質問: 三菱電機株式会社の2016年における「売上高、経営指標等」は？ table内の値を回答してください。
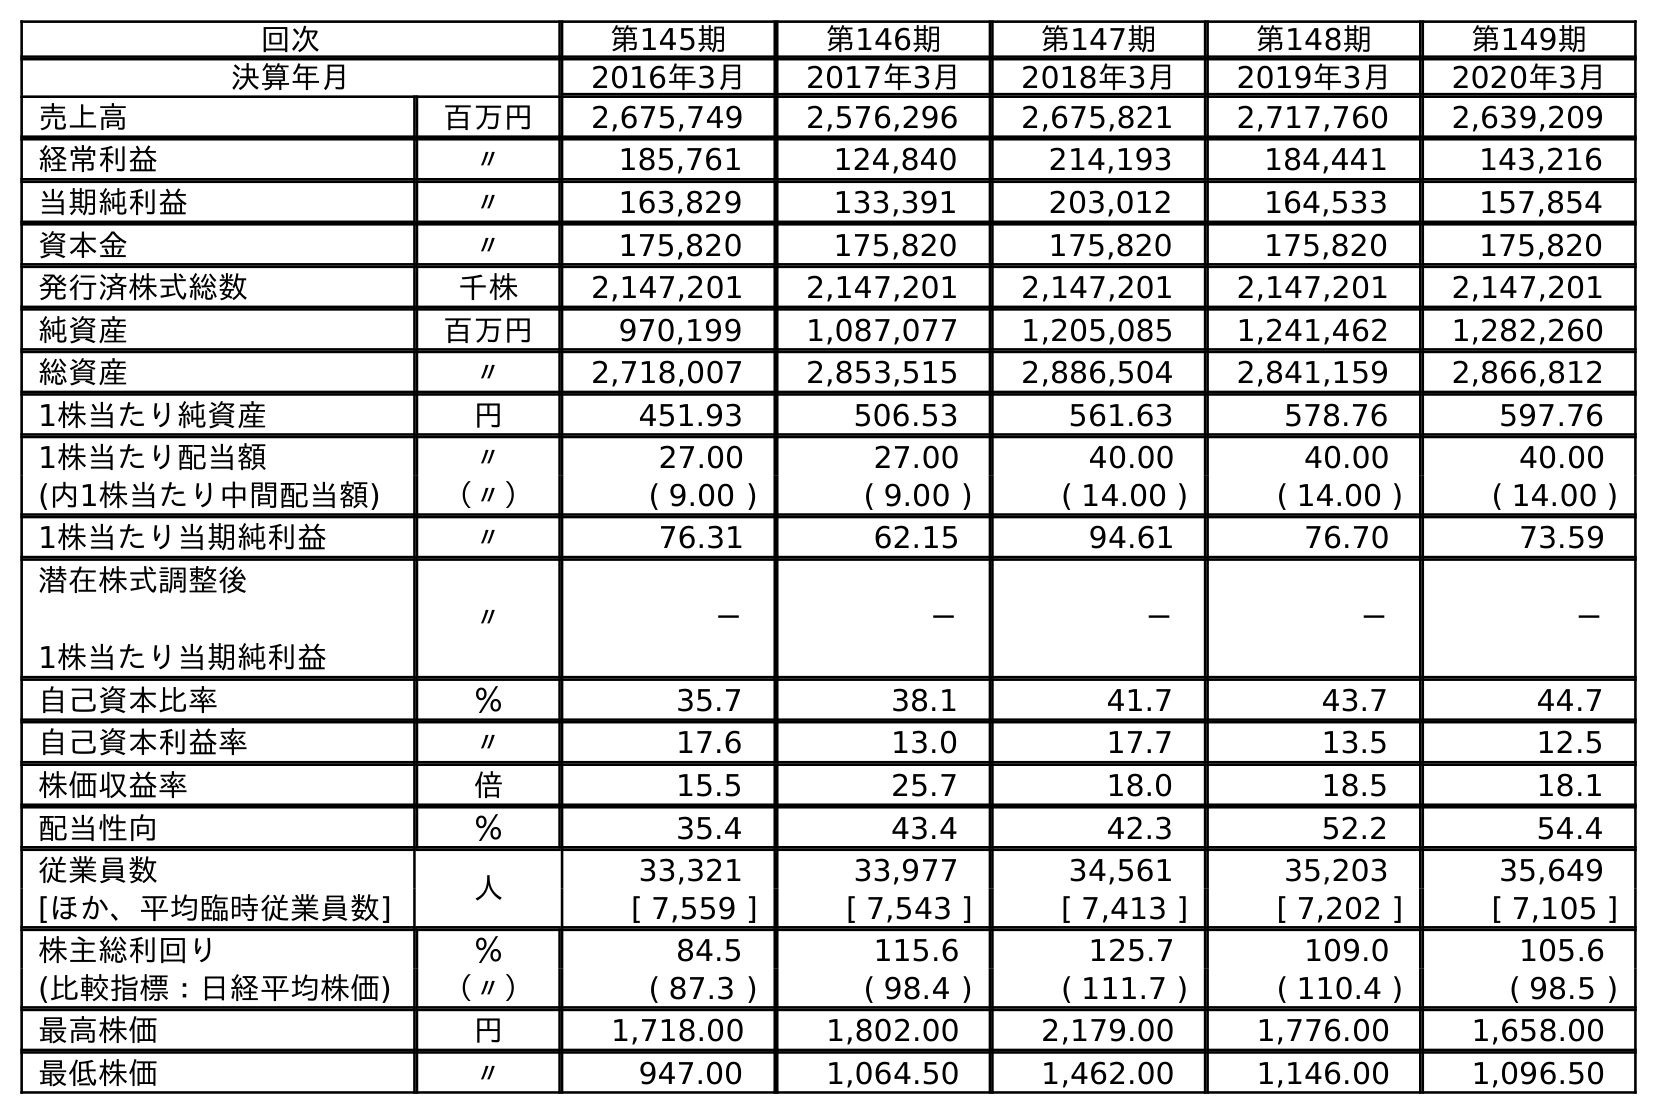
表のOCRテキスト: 回次 第145期 第146期 第147期 第148期 第149期 決算年月 2016年3月 2017年3月 2018年3月 2019年3月 2020年3月 売上高 百万円 2,675,749 2,576,296 2,675,821 2,717,760 2,639,209 経常利益 〃 185,761 124,840 214,193 184,441 143,216 当期純利益 〃 163,829 133,391 203,012 164,533 157,854 資本金 〃 175,820 175,820 175,820 175,820 175,820 発行済株式総数 千株 2,147,201 2,147,201 2,147,201 2,147,201 2,147,201 純資産 百万円 970,199 1,087,077 1,205,085 1,241,462 1,282,260 総資産 〃 2,718,007 2,853,515 2,886,504 2,841,159 2,866,812 1株当たり純資産 円 451.93 506.53 561.63 578.76 597.76 1株当たり配当額 〃 27.00 27.00 40.00 40.00 40.00 (内1株当たり中間配当額) （〃） ( 9.00 ) ( 9.00 ) ( 14.00 ) ( 14.00 ) ( 14.00 ) 1株当たり当期純利益 〃 76.31 62.15 94.61 76.70 73.59 潜在株式調整後 1株当たり当期純利益 〃 － － － － － 自己資本比率 ％ 35.7 38.1 41.7 43.7 44.7 自己資本利益率 〃 17.6 13.0 17.7 13.5 12.5 株価収益率 倍 15.5 25.7 18.0 18.5 18.1 配当性向 ％ 35.4 43.4 42.3 52.2 54.4 従業員数 人 33,321 33,977 34,561 35,203 35,649 [ほか、平均臨時従業員数] [ 7,559 ] [ 7,543 ] [ 7,413 ] [ 7,202 ] [ 7,105 ] 株主総利回り ％ 84.5 115.6 125.7 109.0 105.6 (比較指標：日経平均株価) （〃） ( 87.3 ) ( 98.4 ) ( 111.7 ) ( 110.4 ) ( 98.5 ) 最高株価 円 1,718.00 1,802.00 2,179.00 1,776.00 1,658.00 最低株価 〃 947.00 1,064.50 1,462.00 1,146.00 1,096.50
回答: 2,675,749